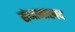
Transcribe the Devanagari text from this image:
संमानास्पद